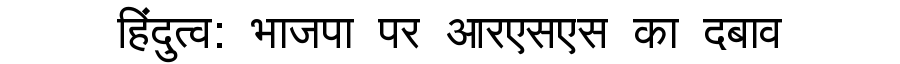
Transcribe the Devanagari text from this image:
हिंदुत्व: भाजपा पर आरएसएस का दबाव